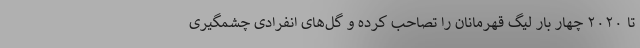
تا ۲۰۲۰ چهار بار لیگ قهرمانان را تصاحب کرده و گل‌های انفرادی چشمگیری